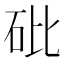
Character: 砒